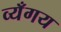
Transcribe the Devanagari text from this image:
व्यँगय